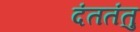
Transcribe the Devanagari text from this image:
दंततंतु